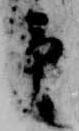
予